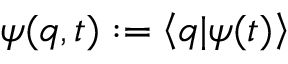
\psi ( q , t ) : = \left< q | \psi ( t ) \right>